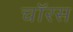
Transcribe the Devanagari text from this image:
चॉरस